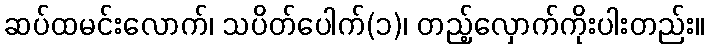
ဆပ်ထမင်းလောက်၊ သပိတ်ပေါက်(၁)၊ တည့်လှောက်ကိုးပါးတည်း။